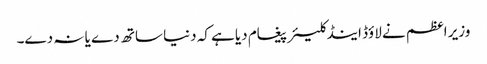
وزیر اعظم نے لاؤڈ اینڈ کلیئر پیغام دیا ہے کہ دنیا ساتھ دے یا نہ دے۔